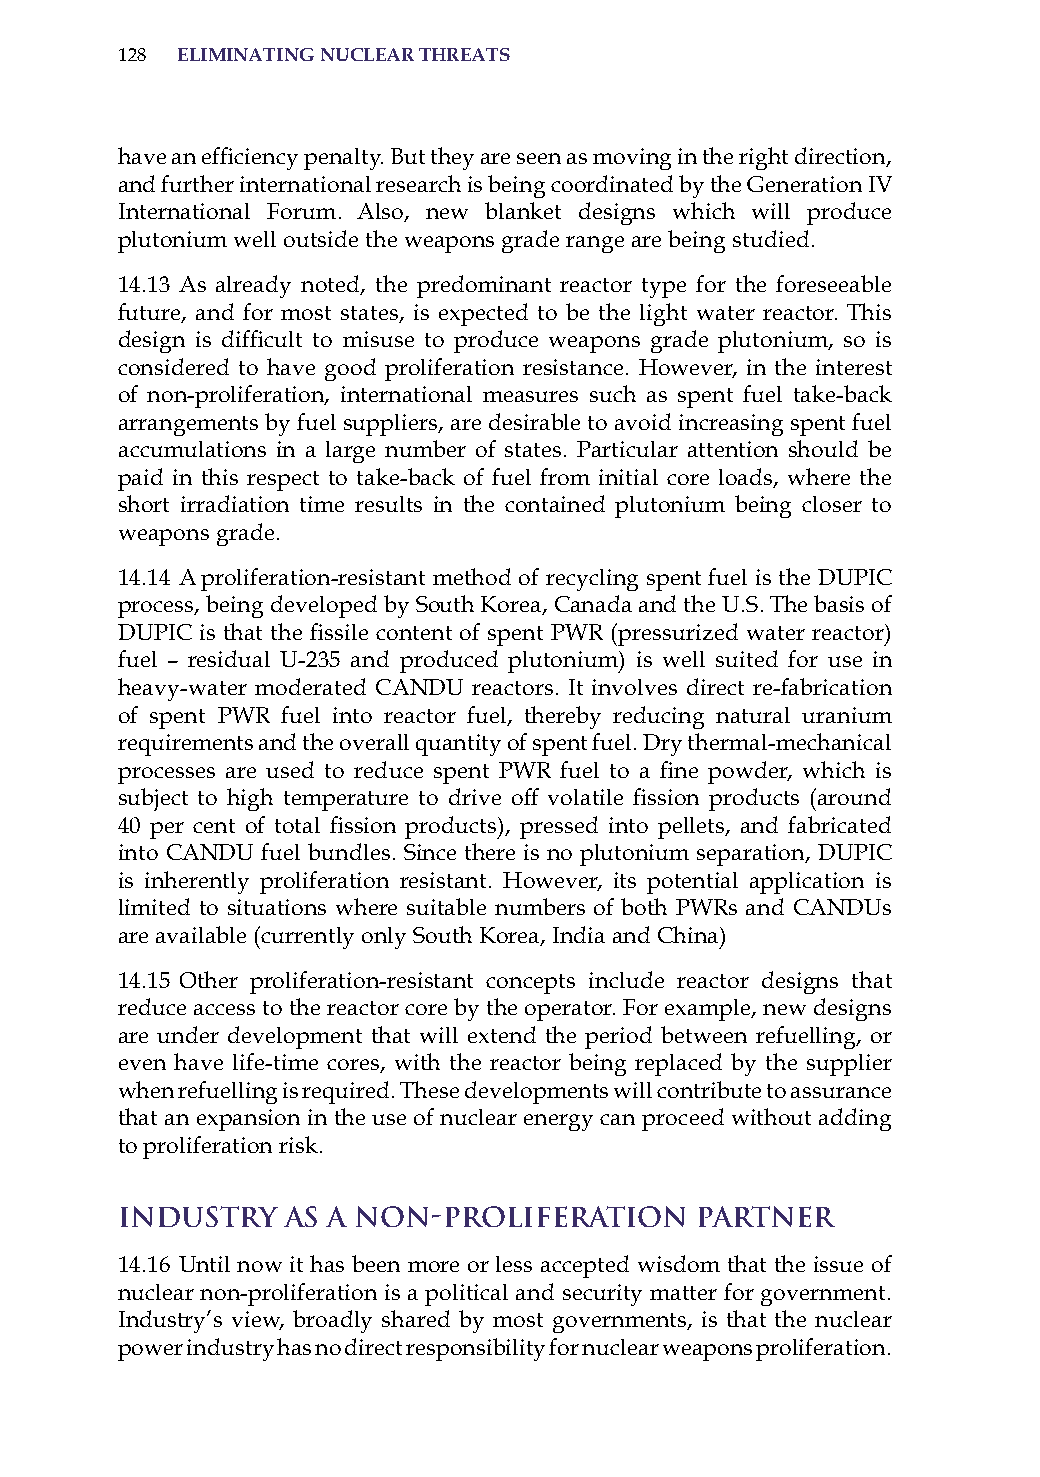
128 eLiMinatinG nucLear threats
 have an efficiency penalty. But they are seen as moving in the right direction,
 and further international research is being coordinated by the Generation iV
 international Forum. also, new blanket designs which will produce
 plutonium well outside the weapons grade range are being studied.
 14.13 as already noted, the predominant reactor type for the foreseeable
 future, and for most states, is expected to be the light water reactor. This
 design is difficult to misuse to produce weapons grade plutonium, so is
 considered to have good proliferation resistance. however, in the interest
 of non-proliferation, international measures such as spent fuel take-back
 arrangements by fuel suppliers, are desirable to avoid increasing spent fuel
 accumulations in a large number of states. Particular attention should be
 paid in this respect to take-back of fuel from initial core loads, where the
 short irradiation time results in the contained plutonium being closer to
 weapons grade.
 14.14 a proliferation-resistant method of recycling spent fuel is the DUPiC
 process, being developed by south Korea, Canada and the U.s. The basis of
 DUPIC is that the fissile content of spent PWR (pressurized water reactor)
 fuel – residual U-235 and produced plutonium) is well suited for use in
 heavy-water moderated CaNDU reactors. it involves direct re-fabrication
 of spent PWR fuel into reactor fuel, thereby reducing natural uranium
 requirements and the overall quantity of spent fuel. Dry thermal-mechanical
 processes are used to reduce spent PWR fuel to a fine powder, which is
 subject to high temperature to drive off volatile fission products (around
 40 per cent of total fission products), pressed into pellets, and fabricated
 into CaNDU fuel bundles. since there is no plutonium separation, DUPiC
 is inherently proliferation resistant. however, its potential application is
 limited to situations where suitable numbers of both PWRs and CANDUs
 are available (currently only South Korea, India and China)
 14.15 other proliferation-resistant concepts include reactor designs that
 reduce access to the reactor core by the operator. For example, new designs
 are under development that will extend the period between refuelling, or
 even have life-time cores, with the reactor being replaced by the supplier
 when refuelling is required. These developments will contribute to assurance
 that an expansion in the use of nuclear energy can proceed without adding
 to proliferation risk.
 Industry   as a Non-Proliferation     Partner
 14.16 Until now it has been more or less accepted wisdom that the issue of
 nuclear non-proliferation is a political and security matter for government.
 industry’s view, broadly shared by most governments, is that the nuclear
 power industry has no direct responsibility for nuclear weapons proliferation.